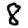
Digit: 8